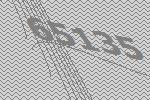
65135